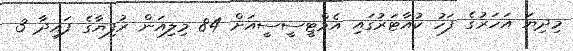
މިދިޔަ އަހަރުގެ ފަހު ކުއާޓަރުގައި އެމްޓީސީސީއަށް 84 މިލިއަން ރުފިޔާގެ ފައިދާ 3